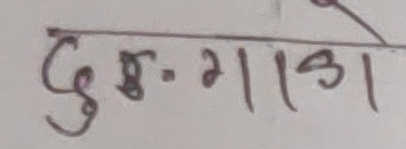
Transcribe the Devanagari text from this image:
दुग्-गाडा